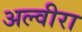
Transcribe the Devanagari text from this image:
अल्वीरा